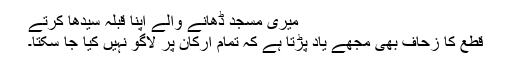
میری مسجد ڈھانے والے اپنا قبلہ سیدھا کرتے
قطع کا زحاف بھی مجھے یاد پڑتا ہے کہ تمام ارکان پر لاگو نہیں کیا جا سکتا۔